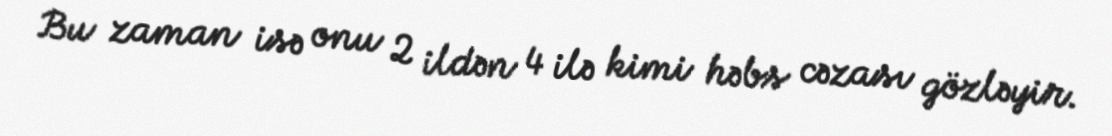
Bu zaman isə onu 2 ildən 4 ilə kimi həbs cəzası gözləyir.